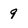
Character: 9